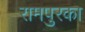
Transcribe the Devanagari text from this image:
रामपुरका